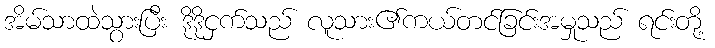
အိမ်သာထဲသွားပြီး ဒိုဒိုငှက်သည် လူသား၏ကယ်တင်ခြင်းအမှုသည် ရင်းတို့